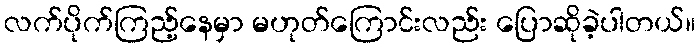
လက်ပိုက်ကြည့်နေမှာ မဟုတ်ကြောင်းလည်း ပြောဆိုခဲ့ပါတယ်။